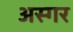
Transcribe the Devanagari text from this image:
अस्गर